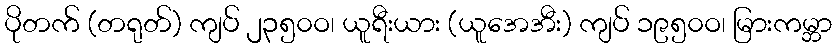
ပိုတက် (တရုတ်) ကျပ် ၂၃၅၀ဝ၊ ယူရီးယား (ယူအေအီး) ကျပ် ၁၉၅၀ဝ၊ မြားကမ္ဘာ